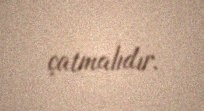
çatmalıdır.